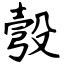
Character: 彀